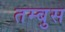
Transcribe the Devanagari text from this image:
तम्बुस